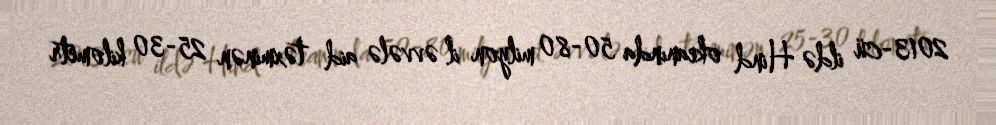
2013-cü ildə Hind okeanında 50-80 milyon il əvvələ aid təxminən 25-30 kilometr